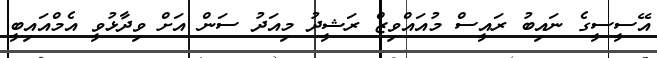
އޭސީސީގެ ނައިބު ރައީސް މުއައްވިޒް ރަޝީދު މިއަދު ސަން އަށް ވިދާޅުވީ އެމްއައިބީ